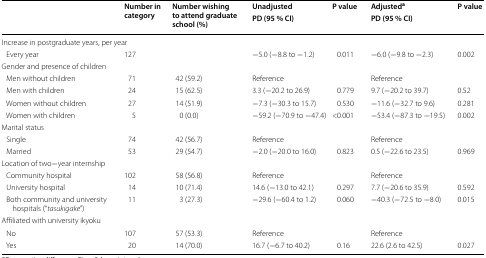
<table><thead><tr><td rowspan="2">[EMPTY_CELL]</td><td rowspan="2"><b>Number in category</b></td><td rowspan="2"><b>Number wishing to attend graduate school (%)</b></td><td><b>Unadjusted</b></td><td rowspan="2"><b>P value</b></td><td><b>Adjusted<sup>a</sup></b></td><td rowspan="2"><b>P value</b></td></tr><tr><td><b>PD (95 % CI)</b></td><td><b>PD (95 % CI)</b></td></tr></thead><tbody><tr><td colspan="7">Increase in postgraduate years, per year</td></tr><tr><td> Every year</td><td>127</td><td>[EMPTY_CELL]</td><td>−5.0 (−8.8 to −1.2)</td><td>0.011</td><td>−6.0 (−9.8 to −2.3)</td><td>0.002</td></tr><tr><td colspan="7">Gender and presence of children</td></tr><tr><td> Men without children</td><td>71</td><td>42 (59.2)</td><td>Reference</td><td>[EMPTY_CELL]</td><td>Reference</td><td>[EMPTY_CELL]</td></tr><tr><td> Men with children</td><td>24</td><td>15 (62.5)</td><td>3.3 (−20.2 to 26.9)</td><td>0.779</td><td>9.7 (−20.2 to 39.7)</td><td>0.52</td></tr><tr><td> Women without children</td><td>27</td><td>14 (51.9)</td><td>−7.3 (−30.3 to 15.7)</td><td>0.530</td><td>−11.6 (−32.7 to 9.6)</td><td>0.281</td></tr><tr><td> Women with children</td><td>5</td><td>0 (0.0)</td><td>−59.2 (−70.9 to −47.4)</td><td>&lt;0.001</td><td>−53.4 (−87.3 to −19.5)</td><td>0.002</td></tr><tr><td colspan="7">Marital status</td></tr><tr><td> Single</td><td>74</td><td>42 (56.7)</td><td>Reference</td><td>[EMPTY_CELL]</td><td>Reference</td><td>[EMPTY_CELL]</td></tr><tr><td> Married</td><td>53</td><td>29 (54.7)</td><td>−2.0 (−20.0 to 16.0)</td><td>0.823</td><td>0.5 (−22.6 to 23.5)</td><td>0.969</td></tr><tr><td colspan="7">Location of two−year internship</td></tr><tr><td> Community hospital</td><td>102</td><td>58 (56.8)</td><td>Reference</td><td>[EMPTY_CELL]</td><td>Reference</td><td>[EMPTY_CELL]</td></tr><tr><td> University hospital</td><td>14</td><td>10 (71.4)</td><td>14.6 (−13.0 to 42.1)</td><td>0.297</td><td>7.7 (−20.6 to 35.9)</td><td>0.592</td></tr><tr><td> Both community and university hospitals (“<i>tasukigake</i>”)</td><td>11</td><td>3 (27.3)</td><td>−29.6 (−60.4 to 1.2)</td><td>0.060</td><td>−40.3 (−72.5 to −8.0)</td><td>0.015</td></tr><tr><td colspan="7">Affiliated with university ikyoku</td></tr><tr><td> No</td><td>107</td><td>57 (53.3)</td><td>Reference</td><td>[EMPTY_CELL]</td><td>Reference</td><td>[EMPTY_CELL]</td></tr><tr><td> Yes</td><td>20</td><td>14 (70.0)</td><td>16.7 (−6.7 to 40.2)</td><td>0.16</td><td>22.6 (2.6 to 42.5)</td><td>0.027</td></tr></tbody></table>